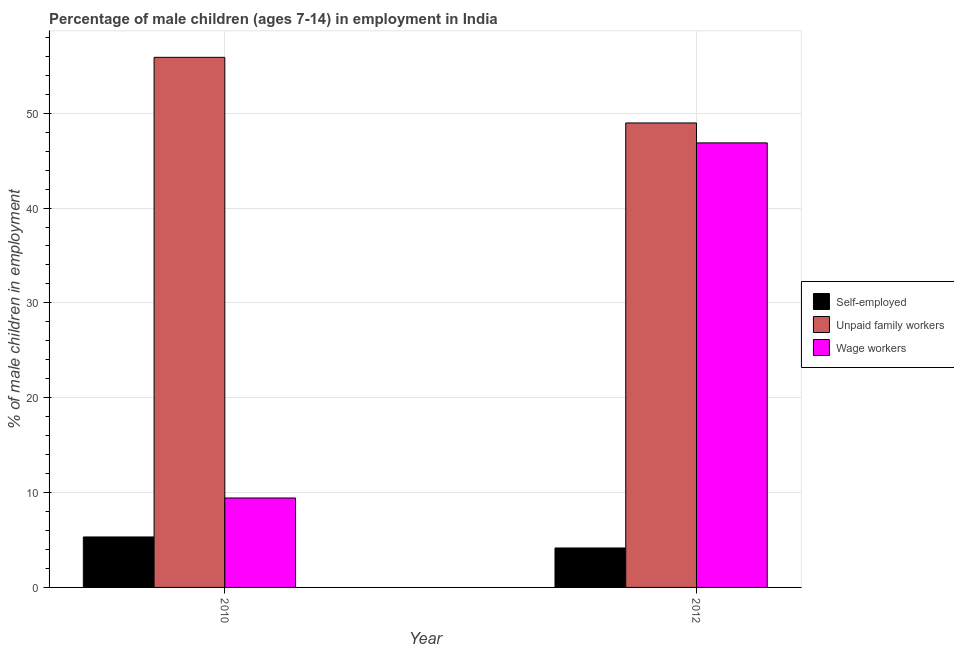
| Year | Self-employed | Unpaid family workers | Wage workers |
 | --- | --- | --- | --- |
 | 2010 | 5.32 | 55.9 | 9.43 |
 | 2012 | 4.16 | 49 | 46.9 |